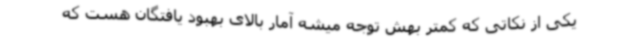
یکی از نکاتی که کمتر بهش توجه میشه آمار بالای بهبود یافتگان هست که